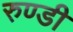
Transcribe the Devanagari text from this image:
रुण्डी